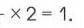
\(\times2 = 1\)